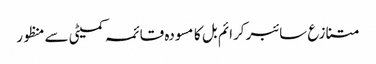
متنازع سائبر کرائم بل کا مسودہ قائمہ کمیٹی سے منظور